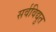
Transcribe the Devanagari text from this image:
सर्वविद्युत